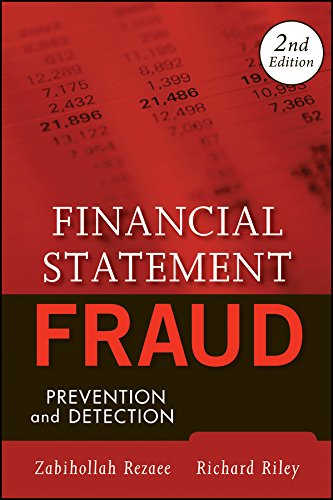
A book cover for Financial Statement Fraud: Prevention and Detection; Zabihollah Rezaee; Business & Money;